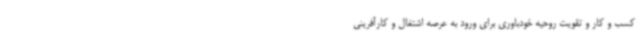
کسب و کار و تقویت روحیه خودباوری برای ورود به عرصه اشتغال و کارآفرینی